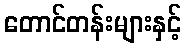
တောင်တန်းများနှင့်